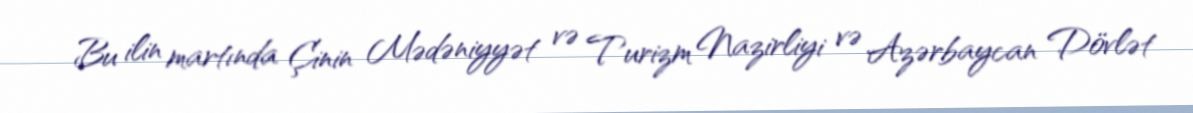
Bu ilin martında Çinin Mədəniyyət və Turizm Nazirliyi və Azərbaycan Dövlət